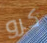
كرو